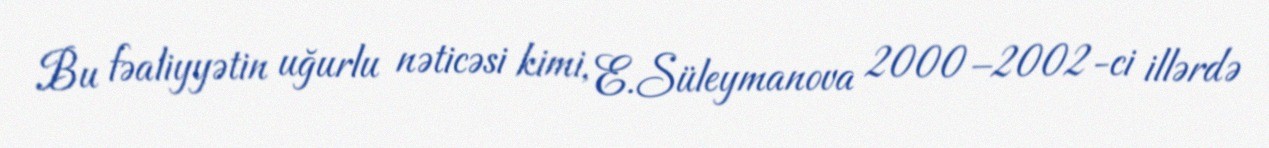
Bu fəaliyyətin uğurlu nəticəsi kimi, E.Süleymanova 2000–2002-ci illərdə